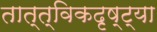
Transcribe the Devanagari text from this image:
तात्त्विकदृष्ट्या